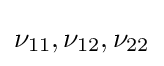
\nu _{11},\nu _{12},\nu _{22}